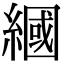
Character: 𦄰